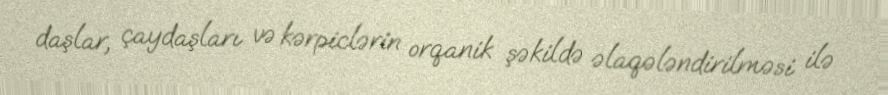
daşlar, çaydaşları və kərpiclərin orqanik şəkildə əlaqələndirilməsi ilə